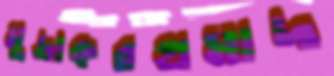
মুদ্রাকরপ্রমাদ